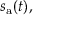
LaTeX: s _ { \mathrm { a } } ( t ) ,